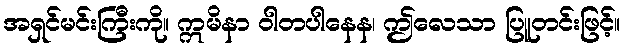
အရှင်မင်းကြီးကို။ ဣမိနာ ဝါတပါနေန၊ ဤလေသာ ပြူတင်းဖြင့်။